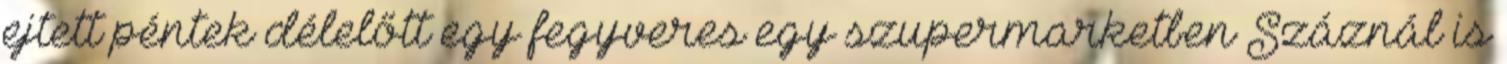
ejtett péntek délelőtt egy fegyveres egy szupermarketben Száznál is